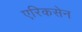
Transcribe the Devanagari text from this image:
एरिकसेन